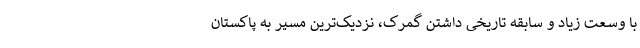
با وسعت زیاد و سابقه تاریخی داشتن گمرک، نزدیک‌ترین مسیر به پاکستان